Insane asylums Bombay 1873-77 - 1873-1877
Year: 1873
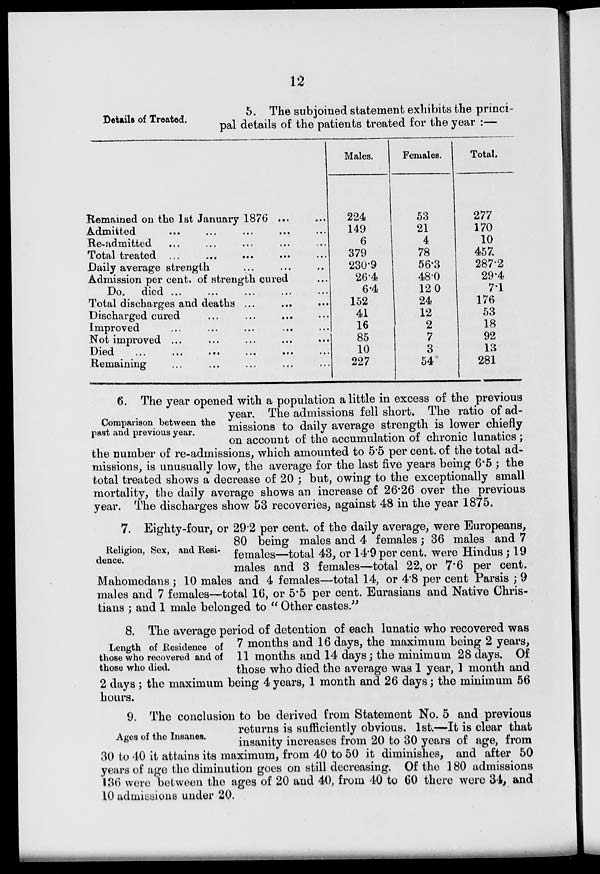
12
Details of Treated.
5. The subjoined statement exhibits the princi-
pal details of the patients treated for the year :—
Remained on the 1st January 1876 ... ...
Admitted ... ... ... ... ...
Re-admitted ... ... ... ... ...
Total treated ... ... ... ... ...
Daily average strength ... ... ...
Admission per cent. of strength cured ...
Do. died ... ... ... ... ...
Total discharges and deaths ... ... ...
Discharged cured ... ... ... ...
Improved
...
...
...
...
...
Not improved ... ... ... ... ...
Died
...
...
...
...
...
...
Remaining ... ... ... ... ...
Males.
224
149
6
379
230.9
26.4
6.4
152
41
16
85
10
227
Females.
53
21
4
78
56.3
48.0
12.0
24
12
2
7
3
54
Total.
277
170
10
457
287.2
29.4
7.1
176
53
18
92
13
281
Comparison between the
past and previous year.
6. The year opened with a population a little in excess of the previous
year. The admissions fell short. The ratio of ad-
missions to daily average strength is lower chiefly
on account of the accumulation of chronic lunatics;
the number of re-admissions, which amounted to 5.5 per cent. of the total ad-
missions, is unusually low, the average for the last five years being 6.5 ; the
total treated shows a decrease of 20 ; but, owing to the exceptionally small
mortality, the daily average shows an increase of 26.26 over the previous
year. The discharges show 53 recoveries, against 48 in the year 1875.
Religion, Sex, and Resi-
dence.
7. Eighty-four, or 29.2 per cent. of the daily average, were Europeans,
80 being males and 4 females; 36 males and 7
females—total 43, or 14.9 per cent. were Hindus; 19
males and 3 females—total 22, or 7.6 per cent.
Mahomedans ; 10 males and 4 females—total 14, or 4.8 per cent Parsis ; 9
males and 7 females—total 16, or 5.5 per cent. Eurasians and Native Chris-
tians ; and 1 male belonged to " Other castes."
Length of Residence of
those who recovered and of
those who died.
8. The average period of detention of each lunatic who recovered was
7 months and 16 days, the maximum being 2 years,
11 months and 14 days; the minimum 28 days. Of
those who died the average was 1 year, 1 month and
2 days; the maximum being 4 years, 1 month and 26 days; the minimum 56
hours.
Ages of the Insanes.
9. The conclusion to be derived from Statement No. 5 and previous
returns is sufficiently obvious. 1st.—It is clear that
insanity increases from 20 to 30 years of age, from
30 to 40 it attains its maximum, from 40 to 50 it diminishes, and after 50
years of age the diminution goes on still decreasing. Of the 180 admissions
136 were between the ages of 20 and 40, from 40 to 60 there were 34, and
10 admissions under 20.